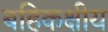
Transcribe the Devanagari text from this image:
बहिकक्षीय